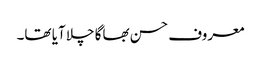
معروف حسن بھاگا چلا آیا تھا۔